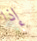
إذا